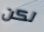
لكن